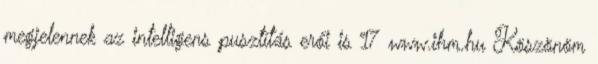
megjelennek az intelligens pusztítás erői is 17 www.ihm.hu Köszönöm